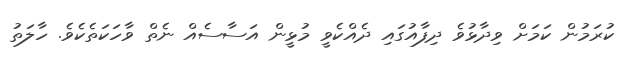
ކުރަމުން ކަމަށް ވިދާޅުވެ ދިފާއުގައި ދެއްކެވީ މުޅީން އަސާސެއް ނެތް ވާހަކަތެކެވެ. ހާލަތު